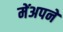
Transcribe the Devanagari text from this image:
मेंअपने